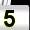
Digit: 5